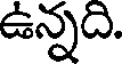
ఉన్నది.